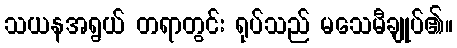
သယနအရွယ် တရာတွင်း ရုပ်သည် မသေမီချုပ်၏။